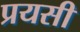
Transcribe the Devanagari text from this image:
प्रयसी